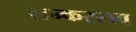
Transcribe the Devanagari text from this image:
शन्करराव